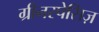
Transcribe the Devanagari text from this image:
ग्रीनस्पेसिज़